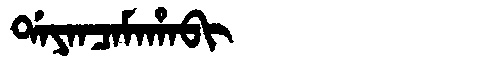
Manchu: ᡩᠠᠶᠠᠨᠴᠠᠮᠠᡥᠠᠪᡳ
Romanization: DAYANCAMAHABI